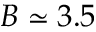
B \simeq 3 . 5